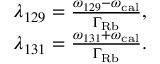
\begin{array} { r } { \lambda _ { 1 2 9 } = \frac { \omega _ { 1 2 9 } - \omega _ { \mathrm { c a l } } } { \Gamma _ { \mathrm { R b } } } , } \\ { \lambda _ { 1 3 1 } = \frac { \omega _ { 1 3 1 } + \omega _ { \mathrm { c a l } } } { \Gamma _ { \mathrm { R b } } } . } \end{array}